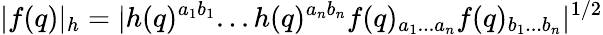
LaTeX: |f(q)|_{h}=|h(q)^{a_{1}b_{1}}...h(q)^{a_{n}b_{n}}f(q)_{a_{1}...a_{n}}f(q)_{b_{1}...b_{n}}|^{1/2}